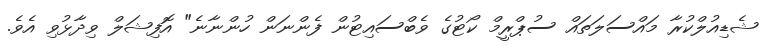
ޝެޑިއުލްކުރާ މައްސަލަތައް ސުޕްރީމް ކޯޓުގެ ވެބްސައިޓުން ފެންނަން ހުންނާނެ" އޮފިޝަލް ވިދާޅުވި އެވެ.